Tartu_linnavalitsus, lk 102
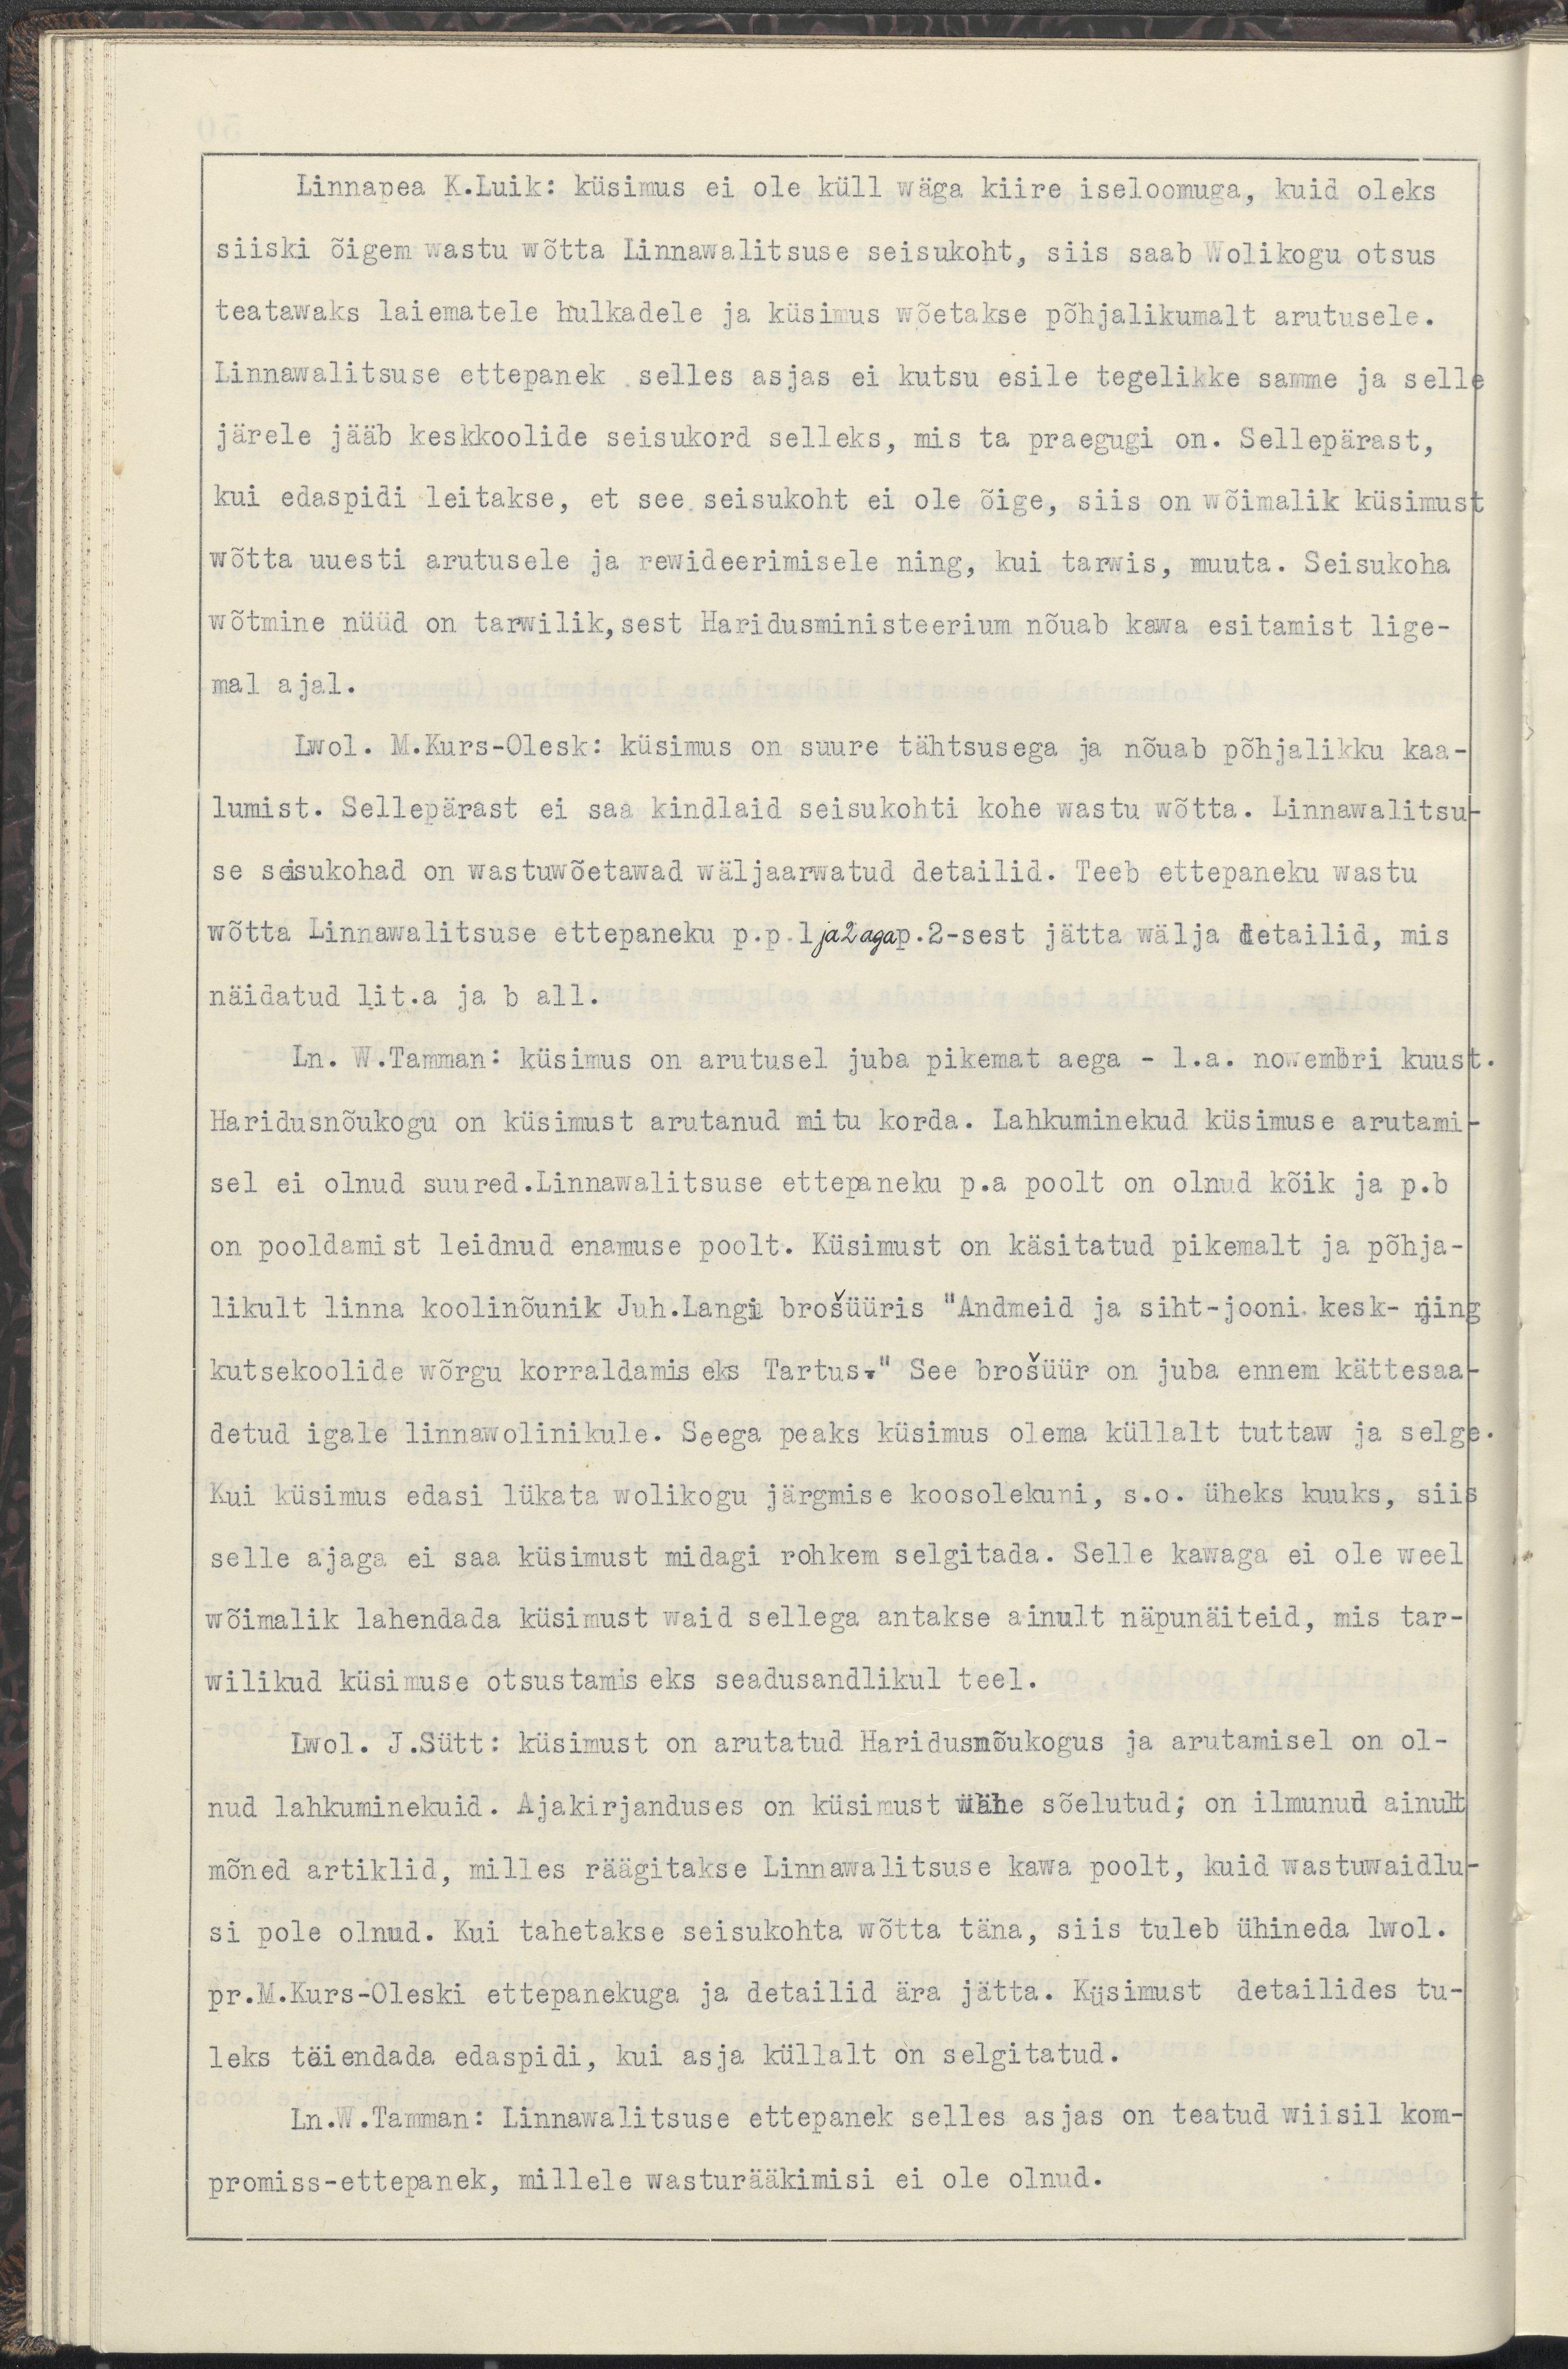
Linnapea K.Luik: küsimus ei ole küll wäga kiire iseloomuga, kuid oleks
siiski õigem wastu wõtta Linnawalitsuse seisukoht, siis saab Wolikogu otsus
teatawaks laiematele hulkadele ja küsimus wõetakse põhjalikumalt arutlusele.
Linnawalitsuse ettepanek selles asjas ei kutsu esile tegelikke samme ja selle
järele jääb keskkoolide seisukord selleks, mis ta praegugi on. Sellepärast,
kui edaspidi leitakse, et see seisukoht ei ole õige, siis on wõimalik küsimust
wõtta uuesti arutlusele ja rewideerimisele ning, kui tarwis, muuta. Seisukoha
wõtmine nüüd on tarwilik, sest Haridusministeerium nõuab kawa esitamist lige-
mal ajal.
Lwol. M.Kurs-Olesk:Küsimus on suure tähtsusega ja nõuab põhjalikku kaa-
lumist. Sellepärast ei saa kindlaid seisukohti kohe wastu wõtta. Linnawalitsu-
se seisukohad on wastuwõetawad wäljaarwatud detailid. Teeb ettepaneku wastu
wõtta Linnawalitsuse ettepaneku p.p.1 ja 2 aga p.2-sest jätta wälja detailid, mis
näidatud lit.a ja b all.
Ln. W.Tamman: küsimus on arutusel juba pikemat aega - 1.a. nowembri kuust.
Haridusnõukogu on küsimust arutanud mitu korda. Lahkuminekud küsimuse arutami-
sel ei olnud suured.Linnawalitsuse ettepaneku p.a poolt on olnud kõik ja p.b
on pooldamist leidnud enamuse poolt. Küsimust on käsitatud pikemalt ja põhja-
likumalt linna koolinõunik Juh.Langi brošüüris "Andmeid ja siht-jooni kesk-ning
kutsekoolide wõrgu korraldamiseks Tartus." See brošüür on juba ennem kättesaa-
detud igale linnawolinikule. Seega peaks küsimus olema küllalt tuttaw ja selge.
Kui küsimus edasi lükata wolikogu järgmise koosolekuni, s.o. üheks kuuks, siis
selle ajaga ei saa küsimust midagi rohkem selgitada. Selle kawaga ei ole weel
wõimalik lahendada küsimust waid sellega antakse ainult näpunäiteid, mis tar-
wilikud küsimused otsustamiseks seadusandlikul teel.
Lwol.J.Sütt: Küsimust on arutatud Haridusnõukogus ja arutamisel on ol-'
nud lahkuminekuid. Ajakirjanduses on küsimust wähe sõelutud, on ilmunud ainult
mõned artiklid, milles räägitakse Linnawalitsuse kawa poolt, kuid wastuwaidlu-
si pole olnud. Kui tahetakse seisukohta wõtta täna, siis tuleb ühineda lwol.
pr.M.Kurs-Oleski ettepanekuga ja detailid ära jätta. Küsimust detailides tu-
leks täiendada edaspidi, kui asja küllalt on selgitatud.
Ln.W.Tamman: Linnawalitsuse ettepanek selles asjas on teatud wiisil kom-
promis-ettepanek, millele wasturääkimisi ei ole olnud.